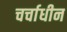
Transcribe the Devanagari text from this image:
चर्चाधीन